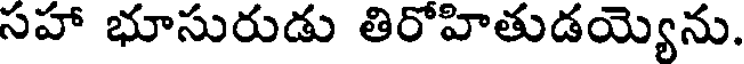
సహా భూసురుడు తిరోహితుడయ్యెను.